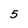
Character: 5